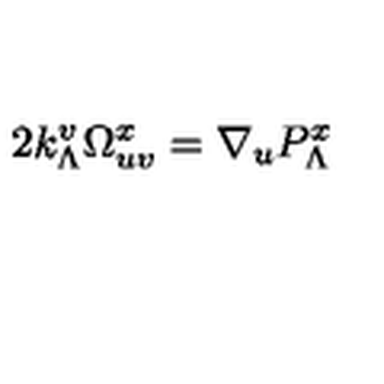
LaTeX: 2 k _ { \Lambda } ^ { v } \Omega _ { u v } ^ { x } = \nabla _ { u } P _ { \Lambda } ^ { x }